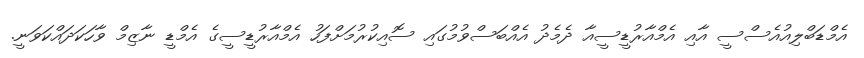
އެމްޑަބްލިއުއެސްސީ އާއި އެމްއާރުޑީސީއާ ދެމެދު އެއްބަސްވުމުގައި ސޮއިކުރުމަށްފަހު އެމްއާރުޑީސީގެ އެމްޑީ ނާޒިމް ވާހަކަދައްކަވަނީ.